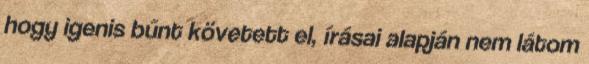
hogy igenis bűnt követett el, írásai alapján nem látom